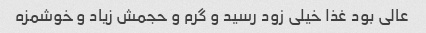
عالی بود غذا خیلی زود رسید و گرم و حجمش زیاد و خوشمزه